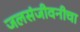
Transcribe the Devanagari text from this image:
जलसंजीवनीचा